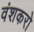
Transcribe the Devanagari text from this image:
वंशकरो